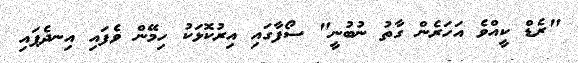
"ރެޑް ކީއްވެ އަހަރެން ގާތު ނުބުނީ" ސޯފާގައި އިރުކޮޅަކު ހިމޭން ވެފައި އިނދެފައި